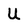
Character: U